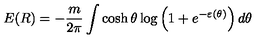
E ( R ) = - \frac m { 2 \pi } \int \cosh \theta \log \left( 1 + e ^ { - \varepsilon ( \theta ) } \right) d \theta